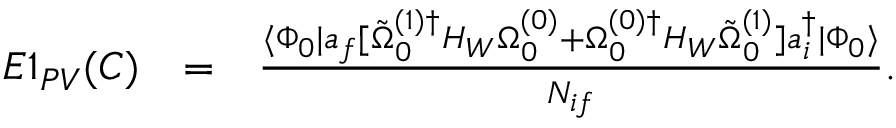
\begin{array} { r l r } { E 1 _ { P V } ( C ) } & { = } & { \frac { \langle \Phi _ { 0 } | a _ { f } [ \tilde { \Omega } _ { 0 } ^ { ( 1 ) \dagger } H _ { W } \Omega _ { 0 } ^ { ( 0 ) } + \Omega _ { 0 } ^ { ( 0 ) \dagger } H _ { W } \tilde { \Omega } _ { 0 } ^ { ( 1 ) } ] a _ { i } ^ { \dagger } | \Phi _ { 0 } \rangle } { { \cal N } _ { i f } } . \ \ \ } \end{array}